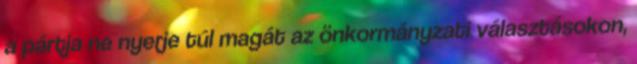
a pártja ne nyerje túl magát az önkormányzati választásokon,